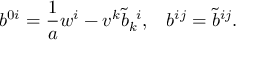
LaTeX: b ^ { 0 i } = \frac { 1 } { a } w ^ { i } - v ^ { k } { \tilde { b } } _ { k } ^ { \; \; i } , \; \; \; b ^ { i j } = { \tilde { b } } ^ { i j } .